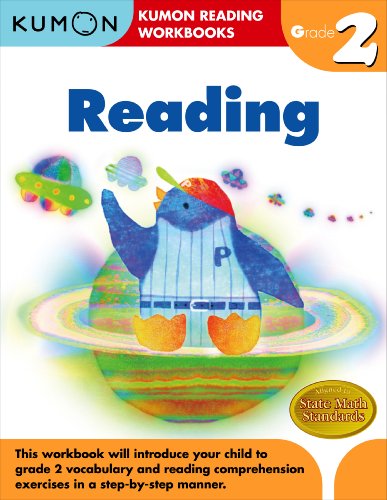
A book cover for Grade 2 Reading (Kumon Reading Workbooks); Kumon Publishing; Test Preparation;